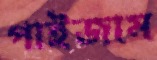
পাইজাম